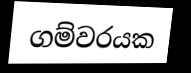
ගම්වරයක